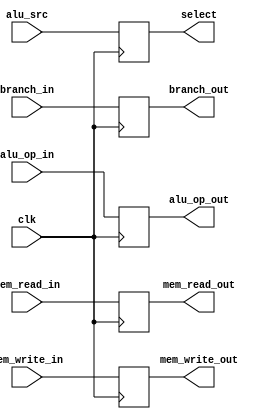
`timescale 1ns / 1ps
//////////////////////////////////////////////////////////////////////////////////
// Company: 
// Engineer: 
// 
// Design Name: 
// Module Name: idex_buf
// Project Name: 
// Target Devices: 
// Tool Versions: 
// Description: 
// 
// Dependencies: 
// 
// Revision:
// Revision 0.01 - File Created
// Additional Comments:
// 
//////////////////////////////////////////////////////////////////////////////////


module idex_buf(clk, branch_in, branch_out, mem_read_in, mem_read_out, mem_write_in, mem_write_out, alu_src, select, alu_op_in, alu_op_out);
// define the inputs and outputs
input clk, mem_read_in, mem_write_in, alu_src, branch_in;
output reg mem_read_out, mem_write_out, select, branch_out;
input [1:0] alu_op_in;
output reg [1:0] alu_op_out;

always@(posedge clk)
begin
    mem_read_out = mem_read_in;     // assign the in value to the out value
    mem_write_out = mem_write_in;   // same
    branch_out = branch_in;         // same
    select = alu_src;               // same
    alu_op_out = alu_op_in;         // same
end
endmodule